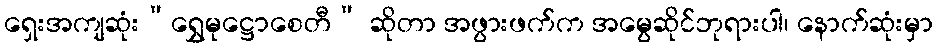
ရှေးအကျဆုံး“ရွှေမုဋ္ဌောစေတီ” ဆိုတာ အဖွားဖက်က အမွေဆိုင်ဘုရားပါ၊ နောက်ဆုံးမှာ